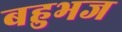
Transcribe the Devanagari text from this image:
बहुभज